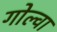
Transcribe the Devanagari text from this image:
गोल्वा